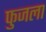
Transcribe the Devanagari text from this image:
फुजला